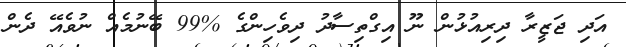
އަދި ޖަޒީރާ ދިރިއުޅުން ނޫ އިގްތިސާދު ދިވެހިންގެ %99 ބޭނުމެއް ނުވެއޭ ދެން